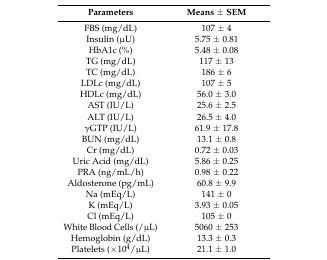
| Parameters | Means ± SEM |
 | --- | --- |
 | FBS (mg/dL) | 107 ± 4 |
 | Insulin (μU) | 5.75 ± 0.81 |
 | HbA1c (%) | 5.48 ± 0.08 |
 | TG (mg/dL) | 117 ± 13 |
 | TC (mg/dL) | 186 ± 6 |
 | LDLc (mg/dL) | 107 ± 5 |
 | HDLc (mg/dL) | 56.0 ± 3.0 |
 | AST (IU/L) | 25.6 ± 2.5 |
 | ALT (IU/L) | 26.5 ± 4.0 |
 | γGTP (IU/L) | 61.9 ± 17.8 |
 | BUN (mg/dL) | 13.1 ± 0.8 |
 | Cr (mg/dL) | 0.72 ± 0.03 |
 | Uric Acid (mg/dL) | 5.86 ± 0.25 |
 | PRA (ng/mL/h) | 0.98 ± 0.22 |
 | Aldosterone (pg/mL) | 60.8 ± 9.9 |
 | Na (mEq/L) | 141 ± 0 |
 | K (mEq/L) | 3.93 ± 0.05 |
 | Cl (mEq/L) | 105 ± 0 |
 | White Blood Cells (/μL) | 5060 ± 253 |
 | Hemoglobin (g/dL) | 13.3 ± 0.3 |
 | Platelets (×104/μL) | 21.1 ± 1.0 |